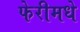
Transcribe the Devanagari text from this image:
फेरीमधे